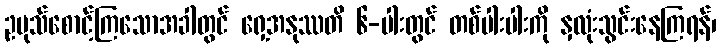
ဥပုသ်စောင့်ကြသောအခါတွင် ရှေ့အနုဿတိ ၆-ပါးတွင် တစ်ပါးပါးကို နှလုံးသွင်းနေကြရန်၊